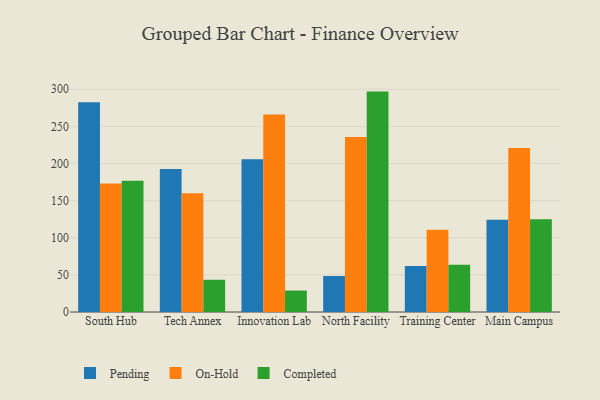
{"axis": {"x": "Campus", "y": "Waste Production (Tons)"}, "legend": ["Completed", "On-Hold", "Pending"], "data": [{"x": "South Hub", "y": 282.5, "type": "Pending"}, {"x": "South Hub", "y": 173.1, "type": "On-Hold"}, {"x": "South Hub", "y": 176.9, "type": "Completed"}, {"x": "Tech Annex", "y": 192.6, "type": "Pending"}, {"x": "Tech Annex", "y": 160.0, "type": "On-Hold"}, {"x": "Tech Annex", "y": 43.4, "type": "Completed"}, {"x": "Innovation Lab", "y": 205.8, "type": "Pending"}, {"x": "Innovation Lab", "y": 266.1, "type": "On-Hold"}, {"x": "Innovation Lab", "y": 28.9, "type": "Completed"}, {"x": "North Facility", "y": 48.5, "type": "Pending"}, {"x": "North Facility", "y": 235.5, "type": "On-Hold"}, {"x": "North Facility", "y": 296.8, "type": "Completed"}, {"x": "Training Center", "y": 61.8, "type": "Pending"}, {"x": "Training Center", "y": 110.7, "type": "On-Hold"}, {"x": "Training Center", "y": 63.6, "type": "Completed"}, {"x": "Main Campus", "y": 124.3, "type": "Pending"}, {"x": "Main Campus", "y": 220.8, "type": "On-Hold"}, {"x": "Main Campus", "y": 124.9, "type": "Completed"}]}